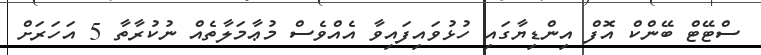
ސްޓޭޓް ބޭންކް އޮފް އިންޑިޔާގައި ހުޅުވައިފައިވާ އެއްވެސް މުޢާމަލާތެއް ނުކުރާތާ 5 އަހަރަށް